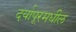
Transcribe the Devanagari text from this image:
दर्यापूरमधील